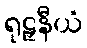
ရုဠှနီယံ